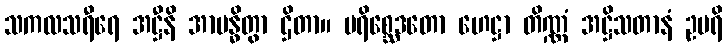
သကလသရီရေ အဋ္ဌီနိ အာဗန္ဓိတွာ ဌိတာ။ ပရိစ္ဆေဒတော ဟေဋ္ဌာ တိဏ္ဏံ အဋ္ဌိသတာနံ ဥပရိ